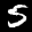
Label: 5